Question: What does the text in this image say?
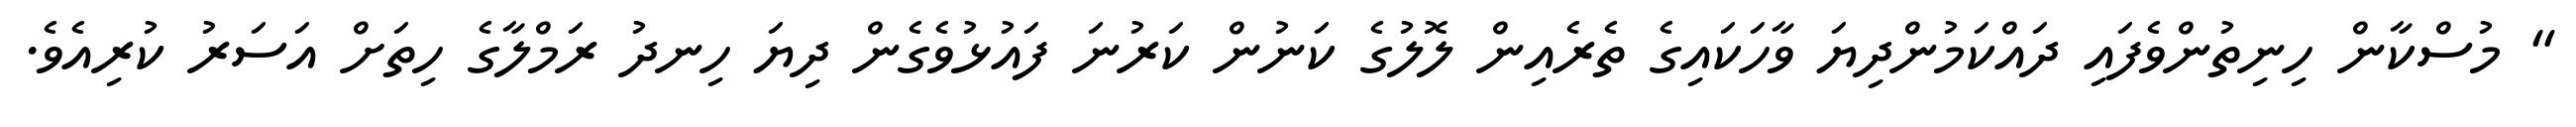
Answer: " މުސްކާން ހިނިތުންވެފައި ދައްކަމުންދިޔަ ވާހަކައިގެ ތެރެއިން ލޮލުގެ ކަނުން ކަރުނަ ފައުޅުވެގެން ދިޔަ ހިނދު ރަމްލާގެ ހިތަށް އަސަރު ކުރިއެވެ.